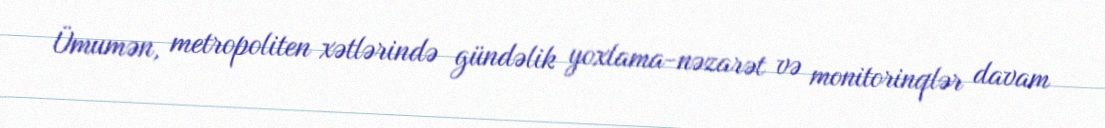
Ümumən, metropoliten xətlərində gündəlik yoxlama-nəzarət və monitorinqlər davam